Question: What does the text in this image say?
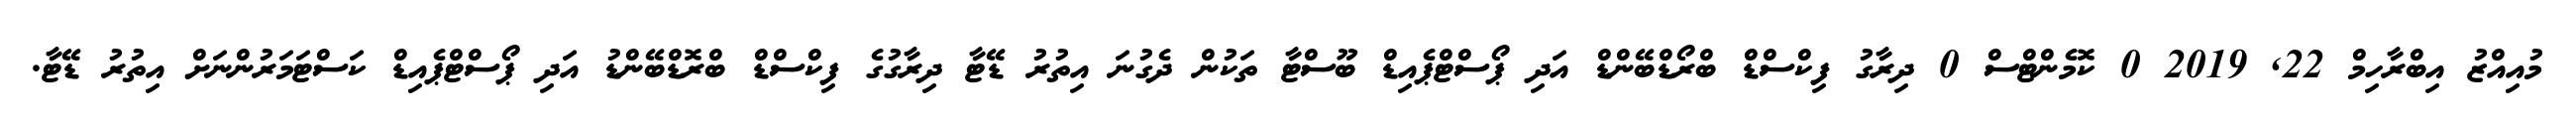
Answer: މުއިއްޒު އިބްރާހިމް 22, 2019 0 ކޮމެންޓްސް 0 ދިރާގު ފިކްސްޑް ބްރޯޑްބޭންޑް އަދި ޕޯސްޓްޕެއިޑް ބޫސްޓާ ތަކުން ދެގުނަ އިތުރު ޑޭޓާ ދިރާގުގެ ފިކްސްޑް ބްރޮޑްބޭންޑު އަދި ޕޯސްޓްޕެއިޑް ކަސްޓަމަރުންނަށް އިތުރު ޑޭޓާ.